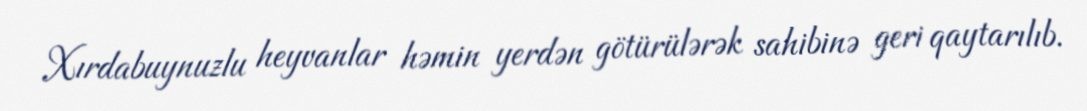
Xırdabuynuzlu heyvanlar həmin yerdən götürülərək sahibinə geri qaytarılıb.